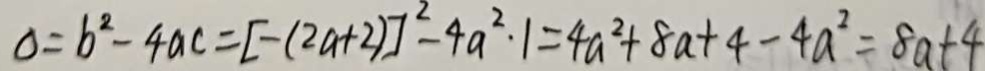
\Delta = b ^ { 2 } - 4 a c = [ - ( 2 a + 2 ) ] ^ { 2 } - 4 a ^ { 2 } \cdot 1 = 4 a ^ { 2 } + 8 a + 4 - 4 a ^ { 2 } = 8 a + 4